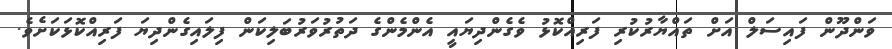
ވަންދޫން ފައިސަލް އަށް ތައްޔާރުކުރި ފަރިއްކޮޅު ވެގެންދިޔައީ އެންމެންގެ ދަތުރުވަރުބަލިކަން ފިލައިގެންދިޔަ ފަރިއްކޮޅަކަށެވެ.